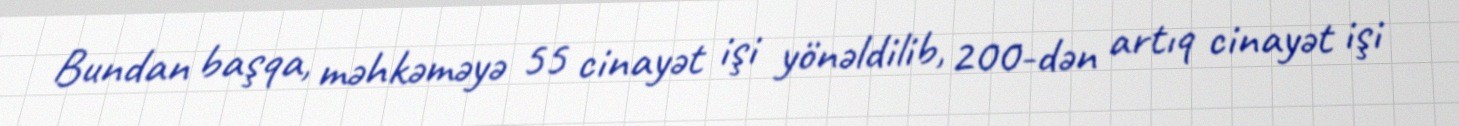
Bundan başqa, məhkəməyə 55 cinayət işi yönəldilib, 200-dən artıq cinayət işi